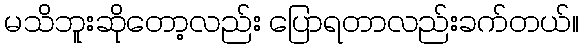
မသိဘူးဆိုတော့လည်း ပြောရတာလည်းခက်တယ်။